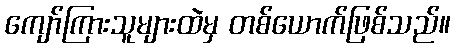
ကျော်ကြားသူများထဲမှ တစ်ယောက်ဖြစ်သည်။